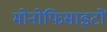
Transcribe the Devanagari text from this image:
मोनोफिसाइटों